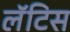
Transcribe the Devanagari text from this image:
लॅटिस